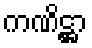
ကဏိဋ္ဌာ